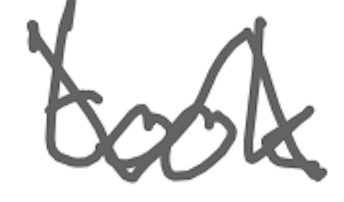
Text: took
Cross-out: zig-zag
Writing tool: digital_gray